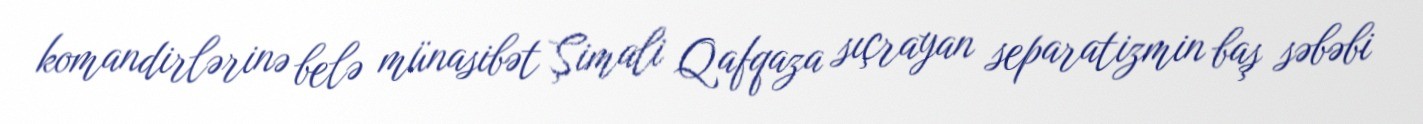
komandirlərinə belə münasibət Şimali Qafqaza sıçrayan separatizmin baş səbəbi